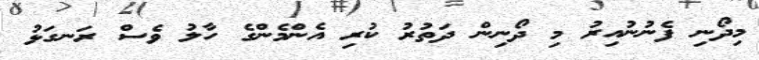
މިދޯނި ފެނުނުއިރު މި ދޯނިން ދަތުރު ކުރި އެންމެންގެ ހާލު ވެސް ރަނގަޅު